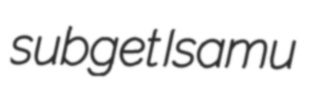
subget Isamu